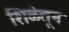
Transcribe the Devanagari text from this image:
शिळेतून